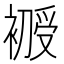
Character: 𰠇